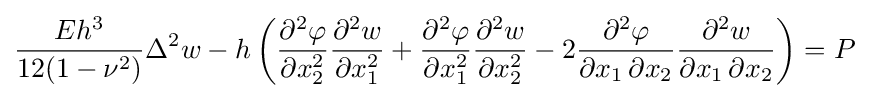
{\frac {Eh^{3}}{12(1-\nu ^{2})}}\Delta ^{2}w-h\left({\frac {\partial ^{2}\varphi }{\partial x_{2}^{2}}}{\frac {\partial ^{2}w}{\partial x_{1}^{2}}}+{\frac {\partial ^{2}\varphi }{\partial x_{1}^{2}}}{\frac {\partial ^{2}w}{\partial x_{2}^{2}}}-2{\frac {\partial ^{2}\varphi }{\partial x_{1}\,\partial x_{2}}}{\frac {\partial ^{2}w}{\partial x_{1}\,\partial x_{2}}}\right)=P